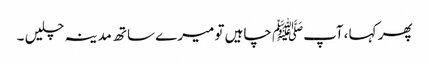
پھر کہا ،آپﷺ چاہیں تو میرے ساتھ مدینہ چلیں ۔